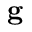
\mathbf { g }